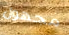
مجهول